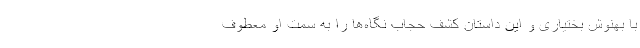
با بهنوش بختیاری و این داستان کشف حجاب نگاه‌ها را به سمت او معطوف